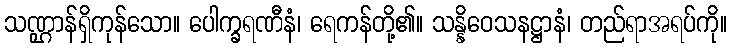
သဏ္ဌာန်ရှိကုန်သော။ ပေါက္ခရဏီနံ၊ ရေကန်တို့၏။ သန္နိဝေသနဋ္ဌာနံ၊ တည်ရာအရပ်ကို။